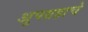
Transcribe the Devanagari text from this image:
अुपग्रहाचे